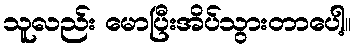
သူလည်း မောပြီးအိပ်သွားတာပေါ့။